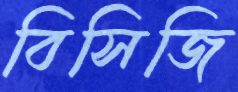
বিসিজি